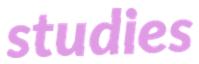
studies